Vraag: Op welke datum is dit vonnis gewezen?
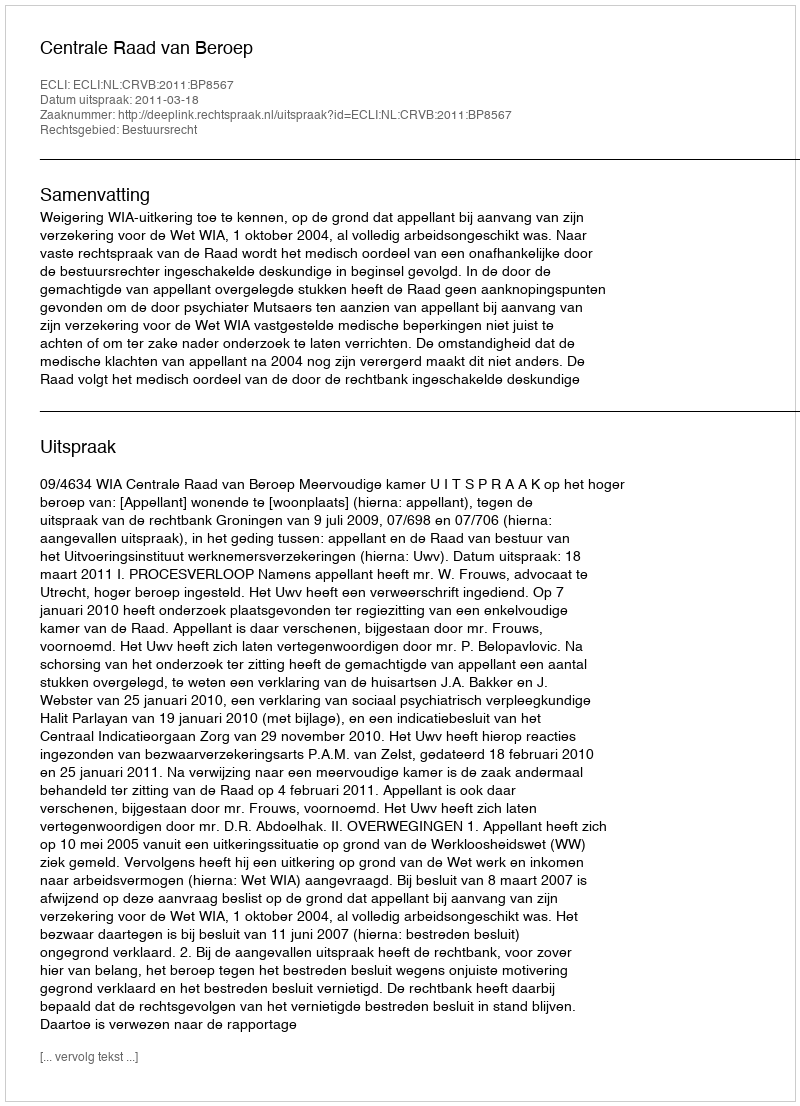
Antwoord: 2011-03-18